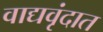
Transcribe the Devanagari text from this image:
वाद्यवृंदात